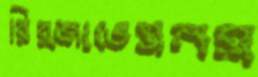
রির্জাভেসনস